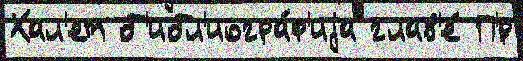
Хал'ет б'ибл'иогра́ф'иjа глав'е́ П'́р